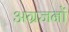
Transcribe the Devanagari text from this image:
अग्रजनों